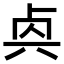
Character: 𠧯